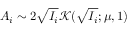
A _ { i } \sim 2 \sqrt { I _ { i } } \mathcal { K } ( \sqrt { I _ { i } } ; \mu , 1 )